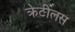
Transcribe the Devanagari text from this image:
क्रेटीलस